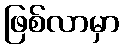
ဖြစ်လာမှာ